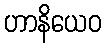
ဟာနိယေဝ